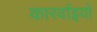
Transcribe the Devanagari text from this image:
कारर्वाइयों